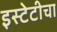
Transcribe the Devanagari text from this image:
इस्टेटीचा